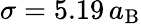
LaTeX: \sigma=5.19\, a_{\mathrm{B}}